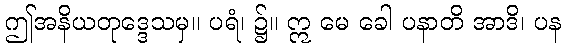
ဤအနိယတုဒ္ဒေသမှ။ ပရံ၊ ၌။ ဣ မေ ခေါ ပနာတိ အာဒိ၊ ပန